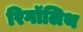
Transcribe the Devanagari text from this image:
रिगॉलिथ